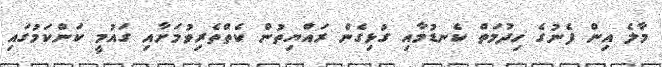
މާލެ އިން ފެނުގެ ހިދުމަތް ކެނޑުމާއި ގުޅިގެން ރައްޔިތުން ކެތްތެރިވުމަށާއި ގައުމީ ކަންކަމުގައި